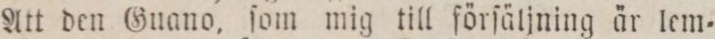
Att den Guano, ſom mig till förſäljning är lem=